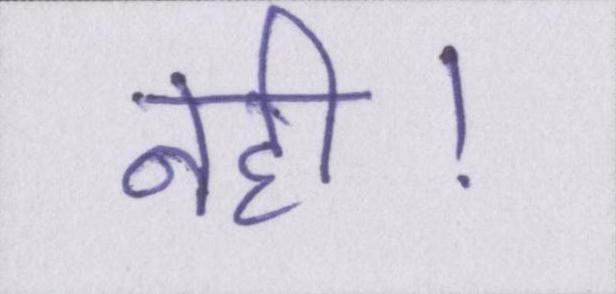
नही।